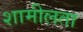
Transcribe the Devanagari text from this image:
शामीलता